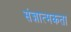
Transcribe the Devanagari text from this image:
संज्ञात्मकता